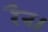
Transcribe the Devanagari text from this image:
रैन।